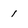
Character: 1